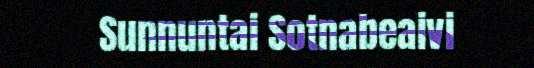
Sunnuntai Sotnabeaivi